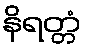
နိရတ္တံ